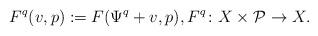
LaTeX: \begin{align*} F^q(v,p) := F(\Psi^q + v, p),F^q\colon X\times\mathcal P\to X.\end{align*}